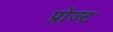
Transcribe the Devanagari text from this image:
प्रोज्ट